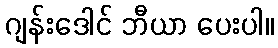
ဂျန်းဒေါင် ဘီယာ ပေးပါ။